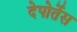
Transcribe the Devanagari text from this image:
देपोर्तेस